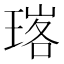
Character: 𭹧